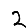
Digit: 2